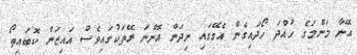
އޭނާ މަންމަގެ ހުއްދަ ހޯދައިގެން އެގޭގައި ނިދަން އޮންނަ ރޭތަކުގައިވެސް އައިޒަން ކޮބައިތޯ